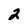
Character: 2